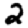
Digit: 2